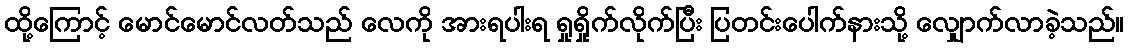
ထို့ကြောင့် မောင်မောင်လတ်သည် လေကို အားရပါးရ ရှုရှိုက်လိုက်ပြီး ပြတင်းပေါက်နားသို့ လျှောက်လာခဲ့သည်။